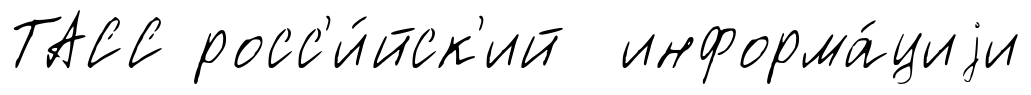
ТАСС росс'и́йск'ий информа́циjи